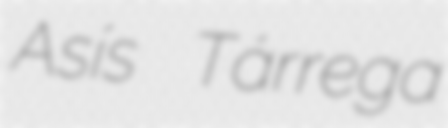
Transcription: Asís Tárrega